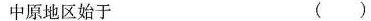
中原地区始于 ()